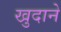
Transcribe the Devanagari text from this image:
खुदाने